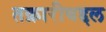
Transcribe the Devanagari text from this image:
तक्रारीबद्दल